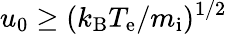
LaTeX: u_{0}\geq(k_{\mathrm{B}}T_{\mathrm{e}}/m_{\mathrm{i}})^{1/2}